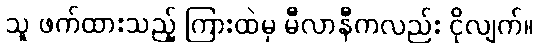
သူ ဖက်ထားသည့် ကြားထဲမှ မီလာနီကလည်း ငိုလျက်။